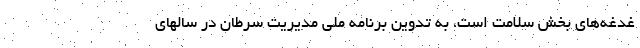
غدغه‌های بخش سلامت است، به تدوین برنامه ملی مدیریت سرطان در سالهای